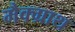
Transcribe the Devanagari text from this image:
मैक्ग्राथ